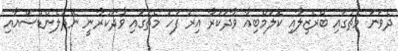
ދެވަނަ މެޗުގައި ބްރެޒިލާއި ކޮލަމްބިއާ ވާދަކުރާ އިރު ފަހު މެޗުގައި ވާދަކުރާނީ ނެދަލެންޑްސްއާއި